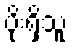
ပိုးရှိသူ